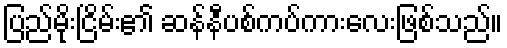
ပြည်မိုးငြိမ်း၏ ဆန်နီပစ်ကပ်ကားလေးဖြစ်သည်။